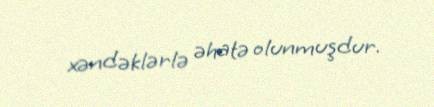
xəndəklərlə əhatə olunmuşdur.